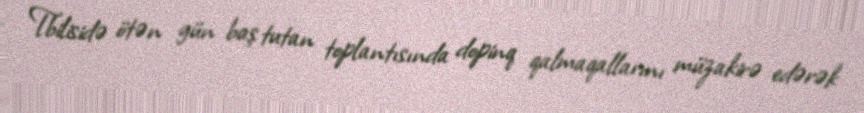
Tbilisidə ötən gün baş tutan toplantısında dopinq qalmaqallarını müzakirə edərək